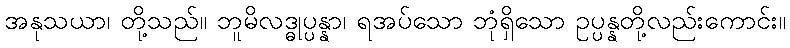
အနုသယာ၊ တို့သည်။ ဘူမိလဒ္ဓုပ္ပန္နာ၊ ရအပ်သော ဘုံရှိသော ဥပ္ပန္နတို့လည်းကောင်း။